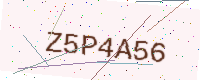
Text: Z5P4A56